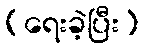
(ရေးခဲ့ပြီး)